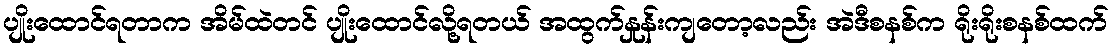
ပျိုးထောင်ရတာက အိမ်ထဲတင် ပျိုးထောင်လို့ရတယ် အထွက်နှုန်းကျတော့လည်း အဲဒီစနစ်က ရိုးရိုးစနစ်ထက်